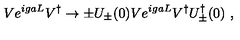
V e ^ { i g a L } V ^ { \dagger } \to \pm U _ { \pm } ( 0 ) V e ^ { i g a L } V ^ { \dagger } U _ { \pm } ^ { \dagger } ( 0 ) \ ,